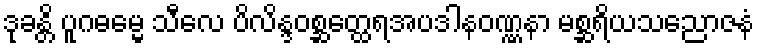
ဒုခန္တိ ပူဂဓမ္မေ သီလေ ပိလိန္ဒဝစ္ဆတ္ထေရအပဒါနဝဏ္ဏနာ မစ္ဆရိယသညောဇနံ